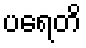
ပရေတိ